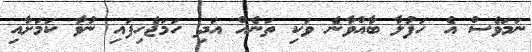
ނަމަވެސް އެ ހަފުލާ ބާއްވާނެ ވަކި ތަނެއް އަދި ހަމަޖެހިފައި ނުވާ ކަމަށާއި